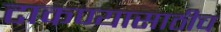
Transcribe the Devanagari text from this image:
टाकण्यासाठीच